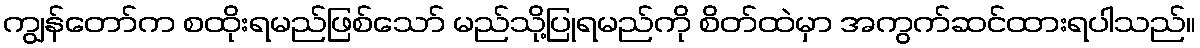
ကျွန်တော်က စထိုးရမည်ဖြစ်သော် မည်သို့ပြုရမည်ကို စိတ်ထဲမှာ အကွက်ဆင်ထားရပါသည်။